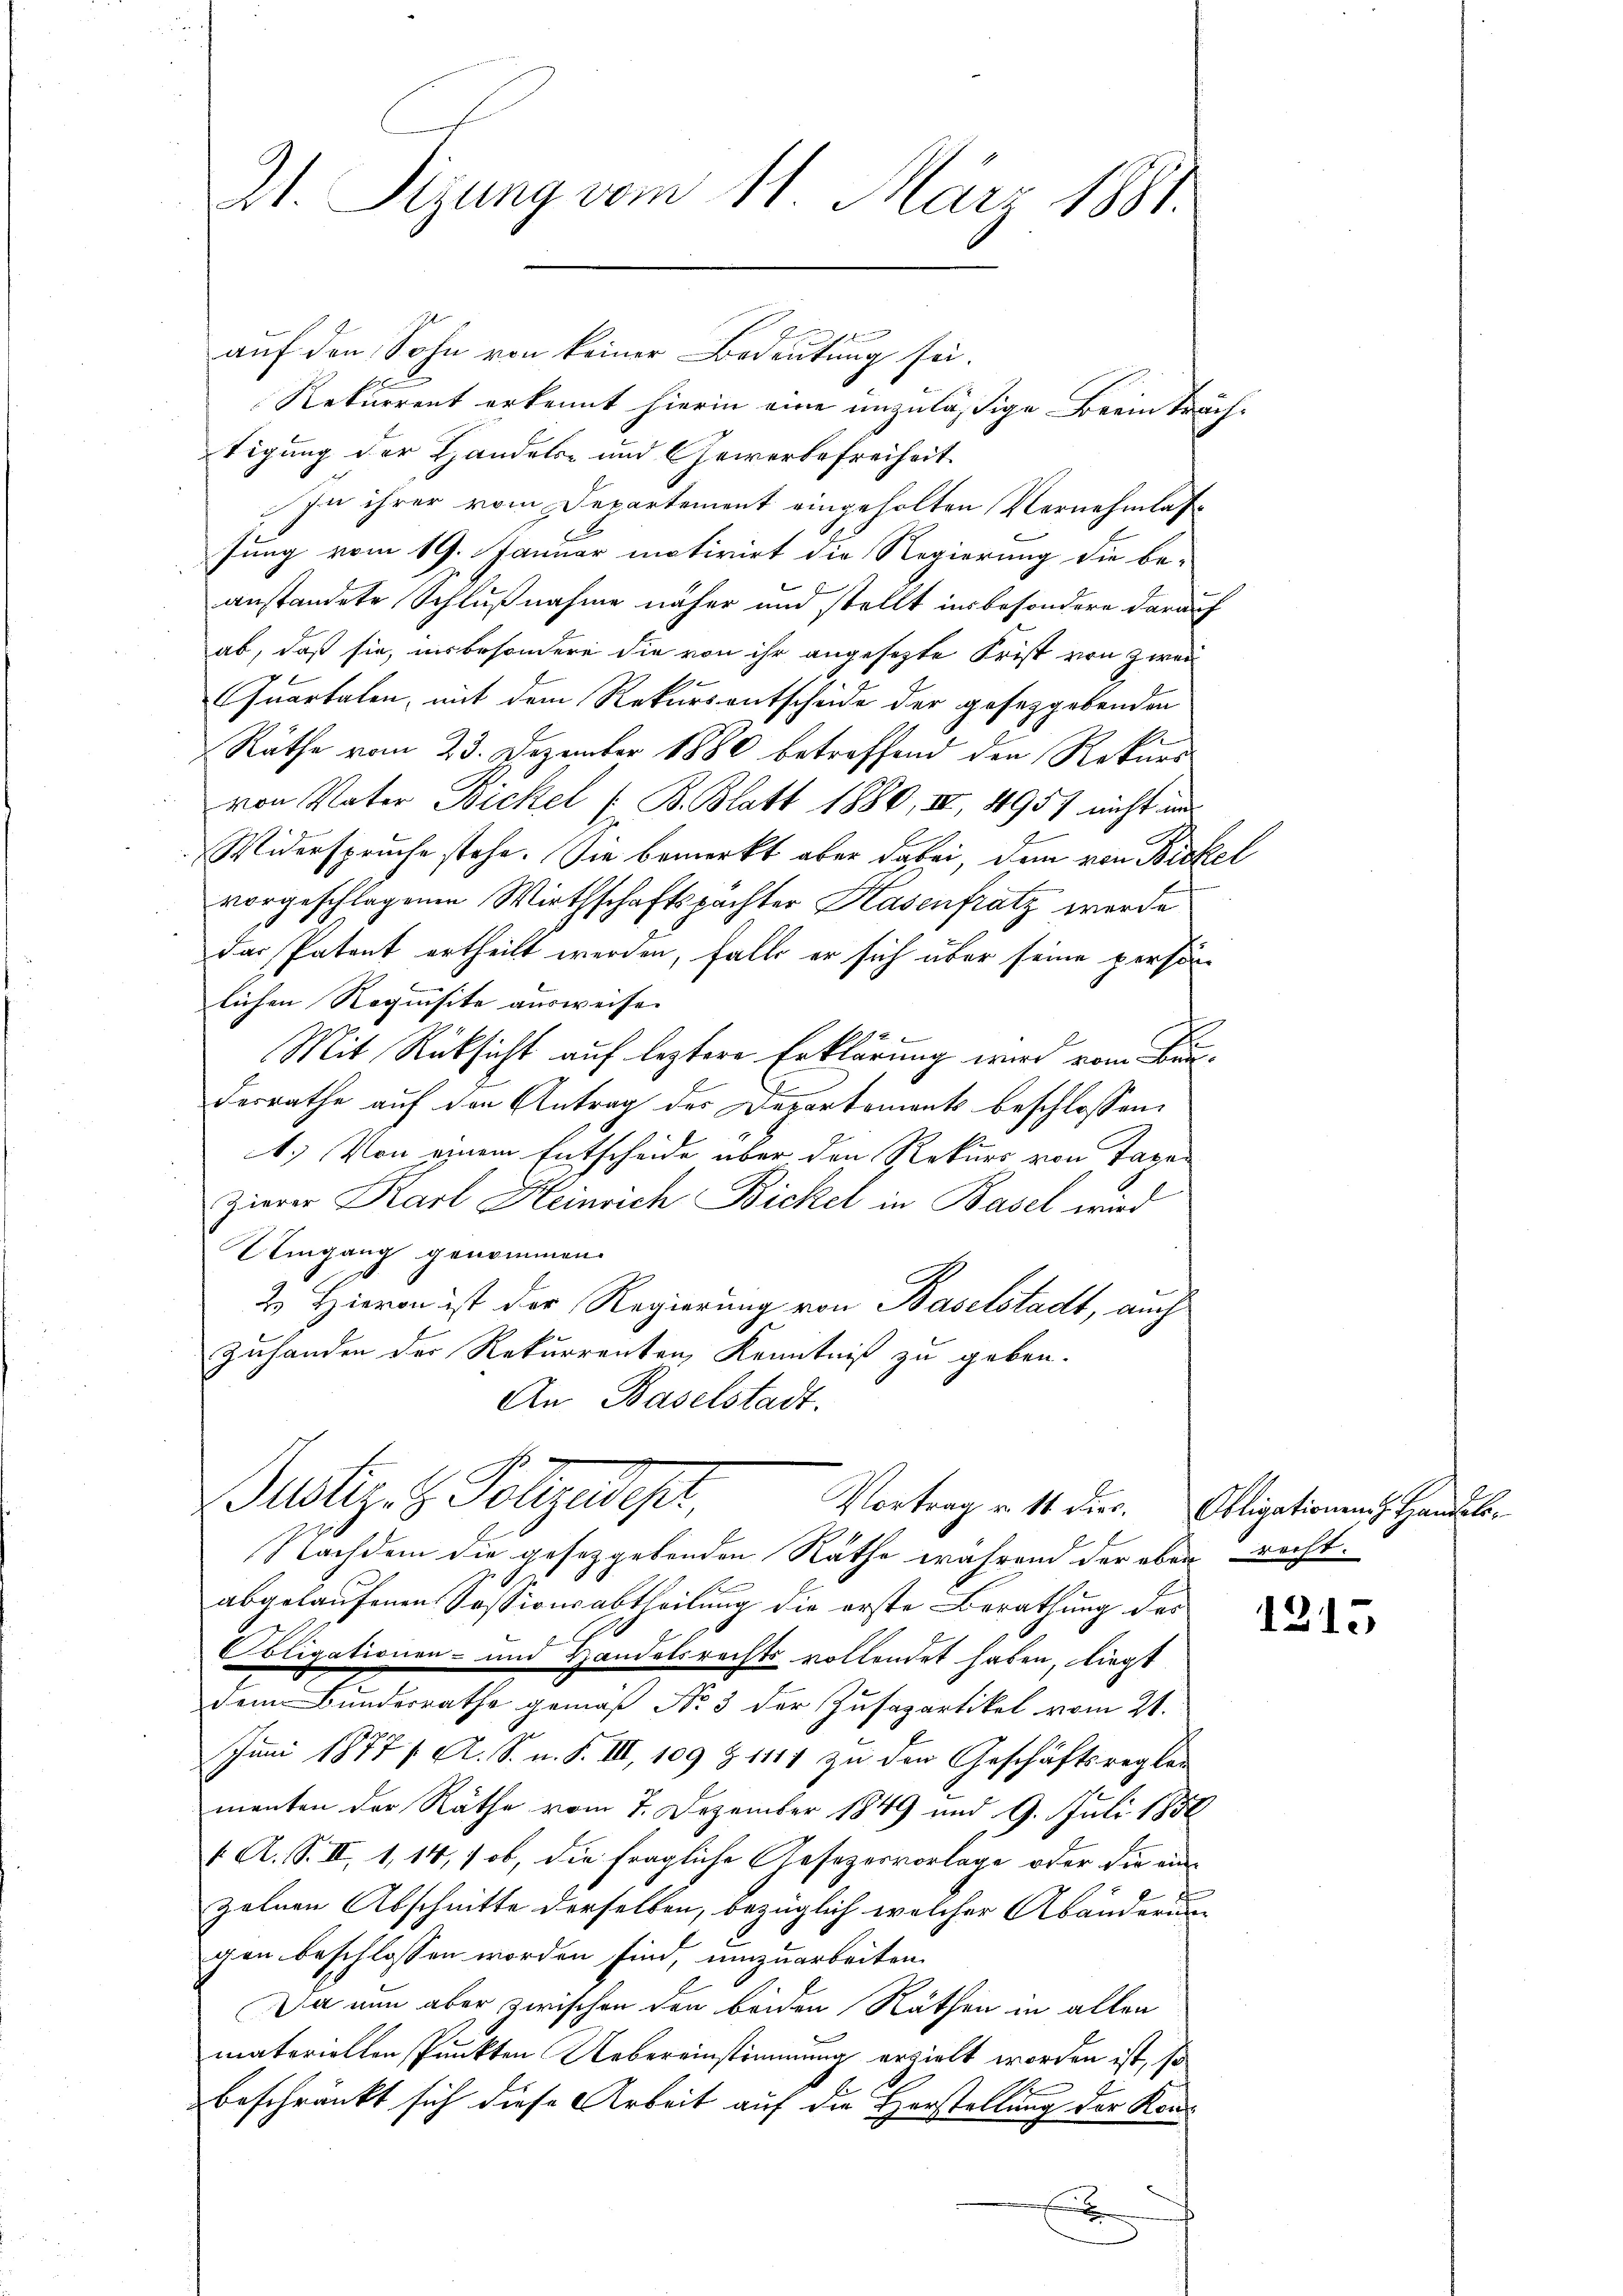
21. Sitzung vom 11. März 1881.

auf den Sohn von keiner Bedeutung sei.
Rekurrent erkennt hierin eine unzuläßige Beeinträchtigung der Handels- und Gewerbefreiheit.
In ihrer vom Departement eingeholten Vernehmlassung vom 19. Januar motivirt die Regierung die be-
anstandete Schlußnahme näher und stellt insbesondere darauf
ab, daß sie, insbesondere die von ihr angesezte Frist von zwei
Quartalen, mit dem Rekursentscheide der gesetzgebenden
Räthe vom 23. Dezember 1880 betreffend den Rekurs
von Vater Bickel ( B. Blatt 1880, III 495) nicht un
Widerspruche stehe. Sie bemerkt aber dabei, dem von Bickel
vorgeschlagenen Wirthschaftspachter Hasenfratz werde
das Patent ertheilt werden, falls er sich über seine person
lichen Requisite ausweise
Mit Rücksicht auf leztere Erklärung wird vom Bundesrathe auf den Antrag des Departements beschlossen:
1.) Von einem Entscheide über den Rekurs von Tage
zierer Karl Heinrich Bickel in Basel wird
Umgang genommen.
2. Hievon ist der Regierung von Baselstadt, auch
Zuhanden der Rekurrenten, Kenntniß zu geben.
An Baselstadt.
Justiz- & Polizeiper.
Vortrag v. 14 dies. Obligationen Handels¬
Nachdem die gesetzgebenden Räthe während der eben recht.
abgelaufenen Sessionsabtheilung die erste Berathung des
Obligationen- und Handelsrechts vollendet haben, liegt
dem Bundesrathe gemäß No 3 der Zusapartikel vom 21.
Juni 1877 / A. S. n. F. III, 109 & 1117 zu den Geschäftsregler
menten der Räthe vom 7. Dezember 1849 und 9. Juli 1858
/. A. S. II, 1,14, 1 ob, die fragliche Gesezesvorlage oder die einzelnen Abschnitte derselben, bezüglich welcher Abänderung
gen beschlossen worden sind, umzuarbeiten.
Da nun aber zwischen den beiden Näthen in allen
materiellen Punkten Uebereinstimmung erzielt worden ist, so
beschränkt sich diese Arbeit auf die Horstellung der Kons
x

1213